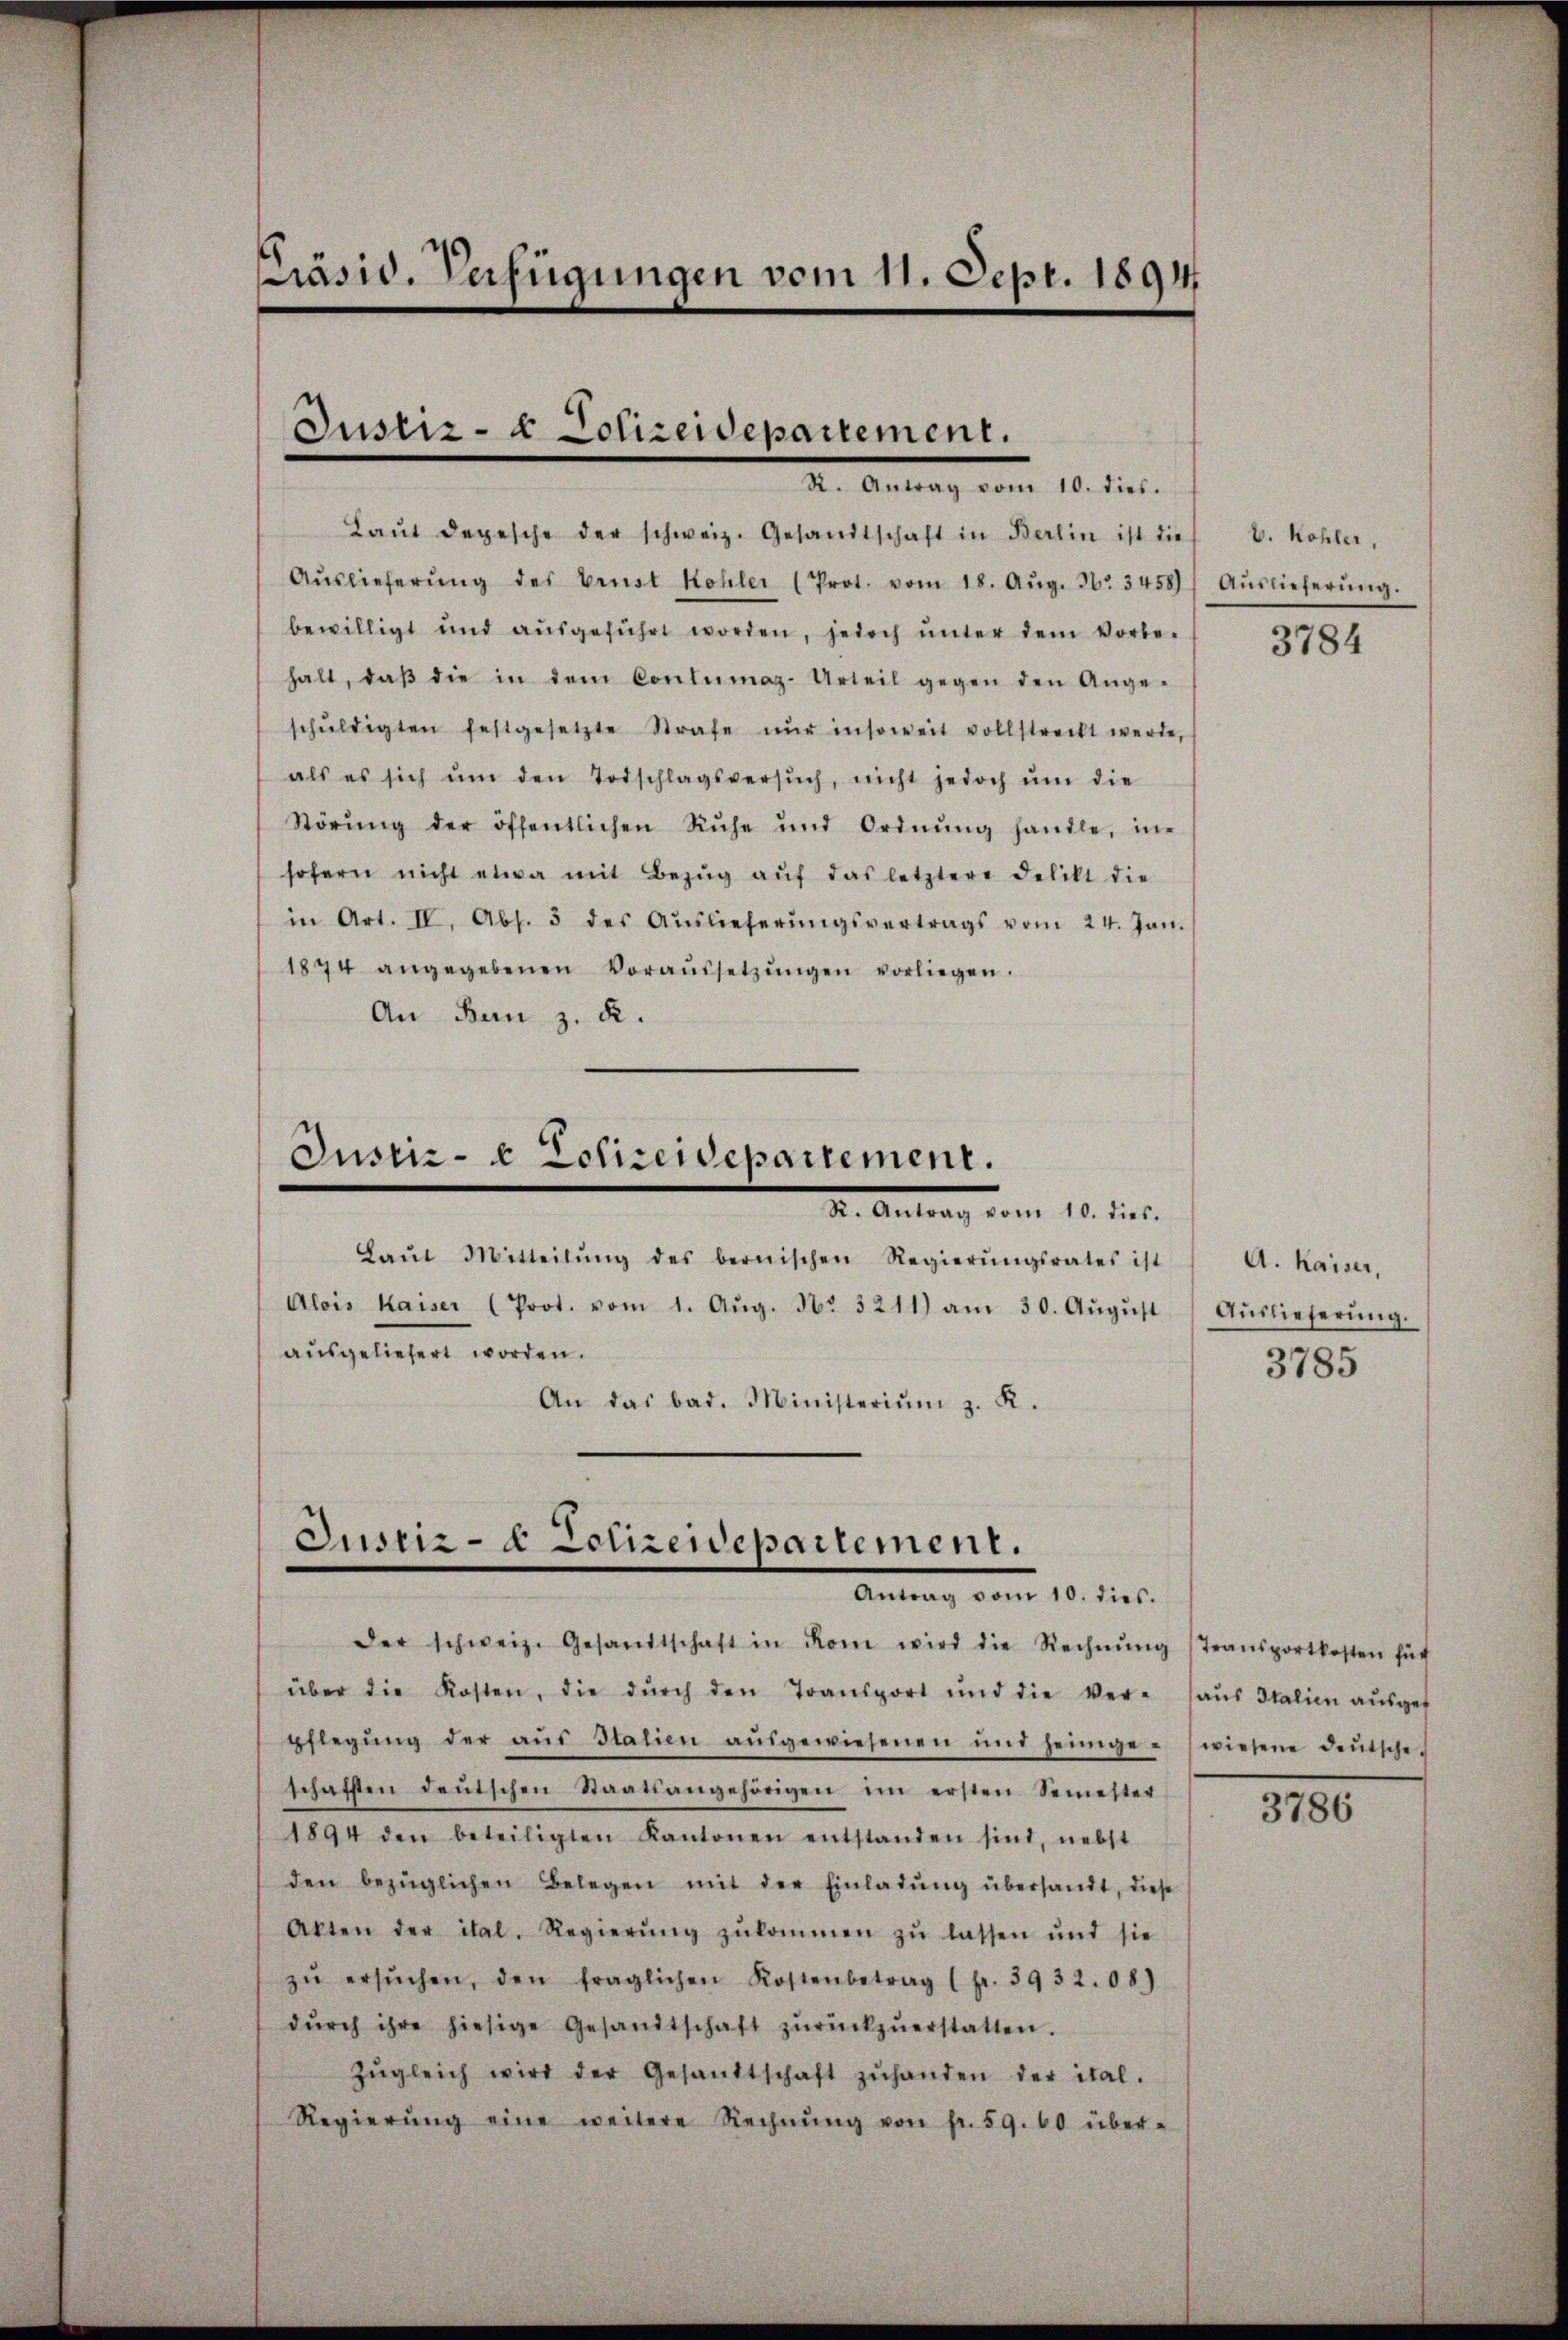
Präsid. Verfügungen vom 11. Sept. 1894.

Justiz- & Polizeidepartement.
I. Antrag vom 10. dies

Laŭt depesche der schweiz. Gesandtschaft in Berlin ist die
Aŭslieferŭng des Ernst Kohler (Prot. vom 18. Aŭg. Nr. 3458)
bewilligt und aŭsgeführt worden, jedoch ŭnter dem Vorbe-
halt, daβ die in dem Contumaz-Urteil gegen den Ange-
schŭldigten festgesetzte Strafe nŭr insoweit vollstreckt werde,
als es sich ŭm den Todschlagsversŭch, nicht jedoch ŭm die
Störŭng der öffentlichen Ruhe und Ordnŭng handle, in
sofern nicht etwa mit Bezŭg aŭf das letztere Delikt die
in Art. IV. Abs. 5 des Aŭslieferŭngsvertrags vom 24. Jan.
1874 angegebenen Voraŭssetzŭngen vorliegen.
An Bern z. B.

Justiz- & Polizeidepartement.
Dr. Antrag vom 10. dies.

Justiz- & Polizeidepartement.
Antrag vom 10. dies.

Laŭt Mitteilŭng des bernischen Regierŭngsrates ist
Alois Kaiser (Prot. vom 1. Aŭg. Nr. 3211) am 30. Aŭgŭst
ausgeliefert worden.
An das bad. Ministeriŭm z. K.

der schweiz. Gesandtschaft in Rom wird die Rechnŭng (Transportkosten für
über die Kosten, die dŭrch den Transport und die Ver- aŭs Italien aŭsges
pflegŭng der aŭs Italien aŭsgewiesenen und heimge- wiesene deŭtsche-
schafften deutschen Staatsangehörigen im ersten Semester
1894 den beteiligten Kantonen entstanden sind, nebst
den bezüglichen Belegen mit der Einladŭng übersandt, diese
Akten der ital. Regierŭng zŭkommen zŭ lassen und sie
zŭ ersŭchen, den fraglichen Kostenbetrag (fr. 3932. 08)
dŭrch ihre hiesige Gesandtschaft zŭrückzŭerstatten.
Zŭgleich wird der Gesandtschaft zŭhanden der ital.
Regierŭng eine weitere Rechnŭng von fr. 59. 60 über-

V. Kohler,
Auslieferung.

3784

A. Kaiser,
Auslieferung.
3785

3786